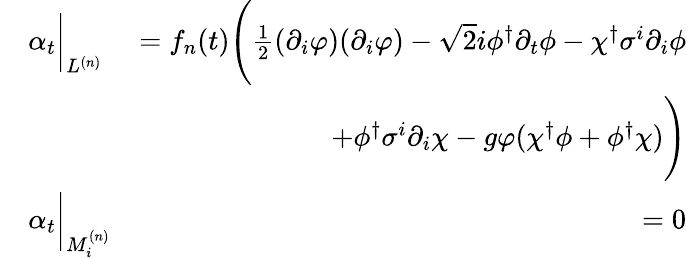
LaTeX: \begin{array}{rlr}&{\alpha_{t}\bigg|_{L^{(n)}}}&{=f_{n}(t)\Bigg(\frac{1}{2}(\partial_{i}\varphi)(\partial_{i}\varphi)-\sqrt{2}i\phi^{\dagger}\partial_{t}\phi-\chi^{\dagger}\sigma^{i}\partial_{i}\phi}\\ &{\qquad}&{\qquad\qquad+\phi^{\dagger}\sigma^{i}\partial_{i}\chi-g\varphi(\chi^{\dagger}\phi+\phi^{\dagger}\chi)\Bigg)}\\ &{\alpha_{t}\bigg|_{M_{i}^{(n)}}}&{=0}\end{array}